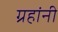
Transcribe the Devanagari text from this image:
ग्रहांनी